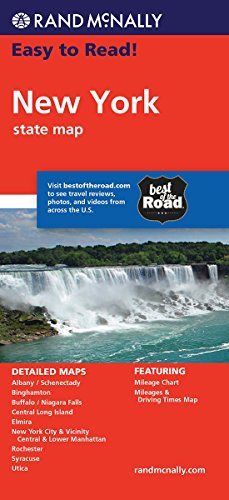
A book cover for Rand McNally Easy To Read: New York State Map; Rand McNally; Travel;